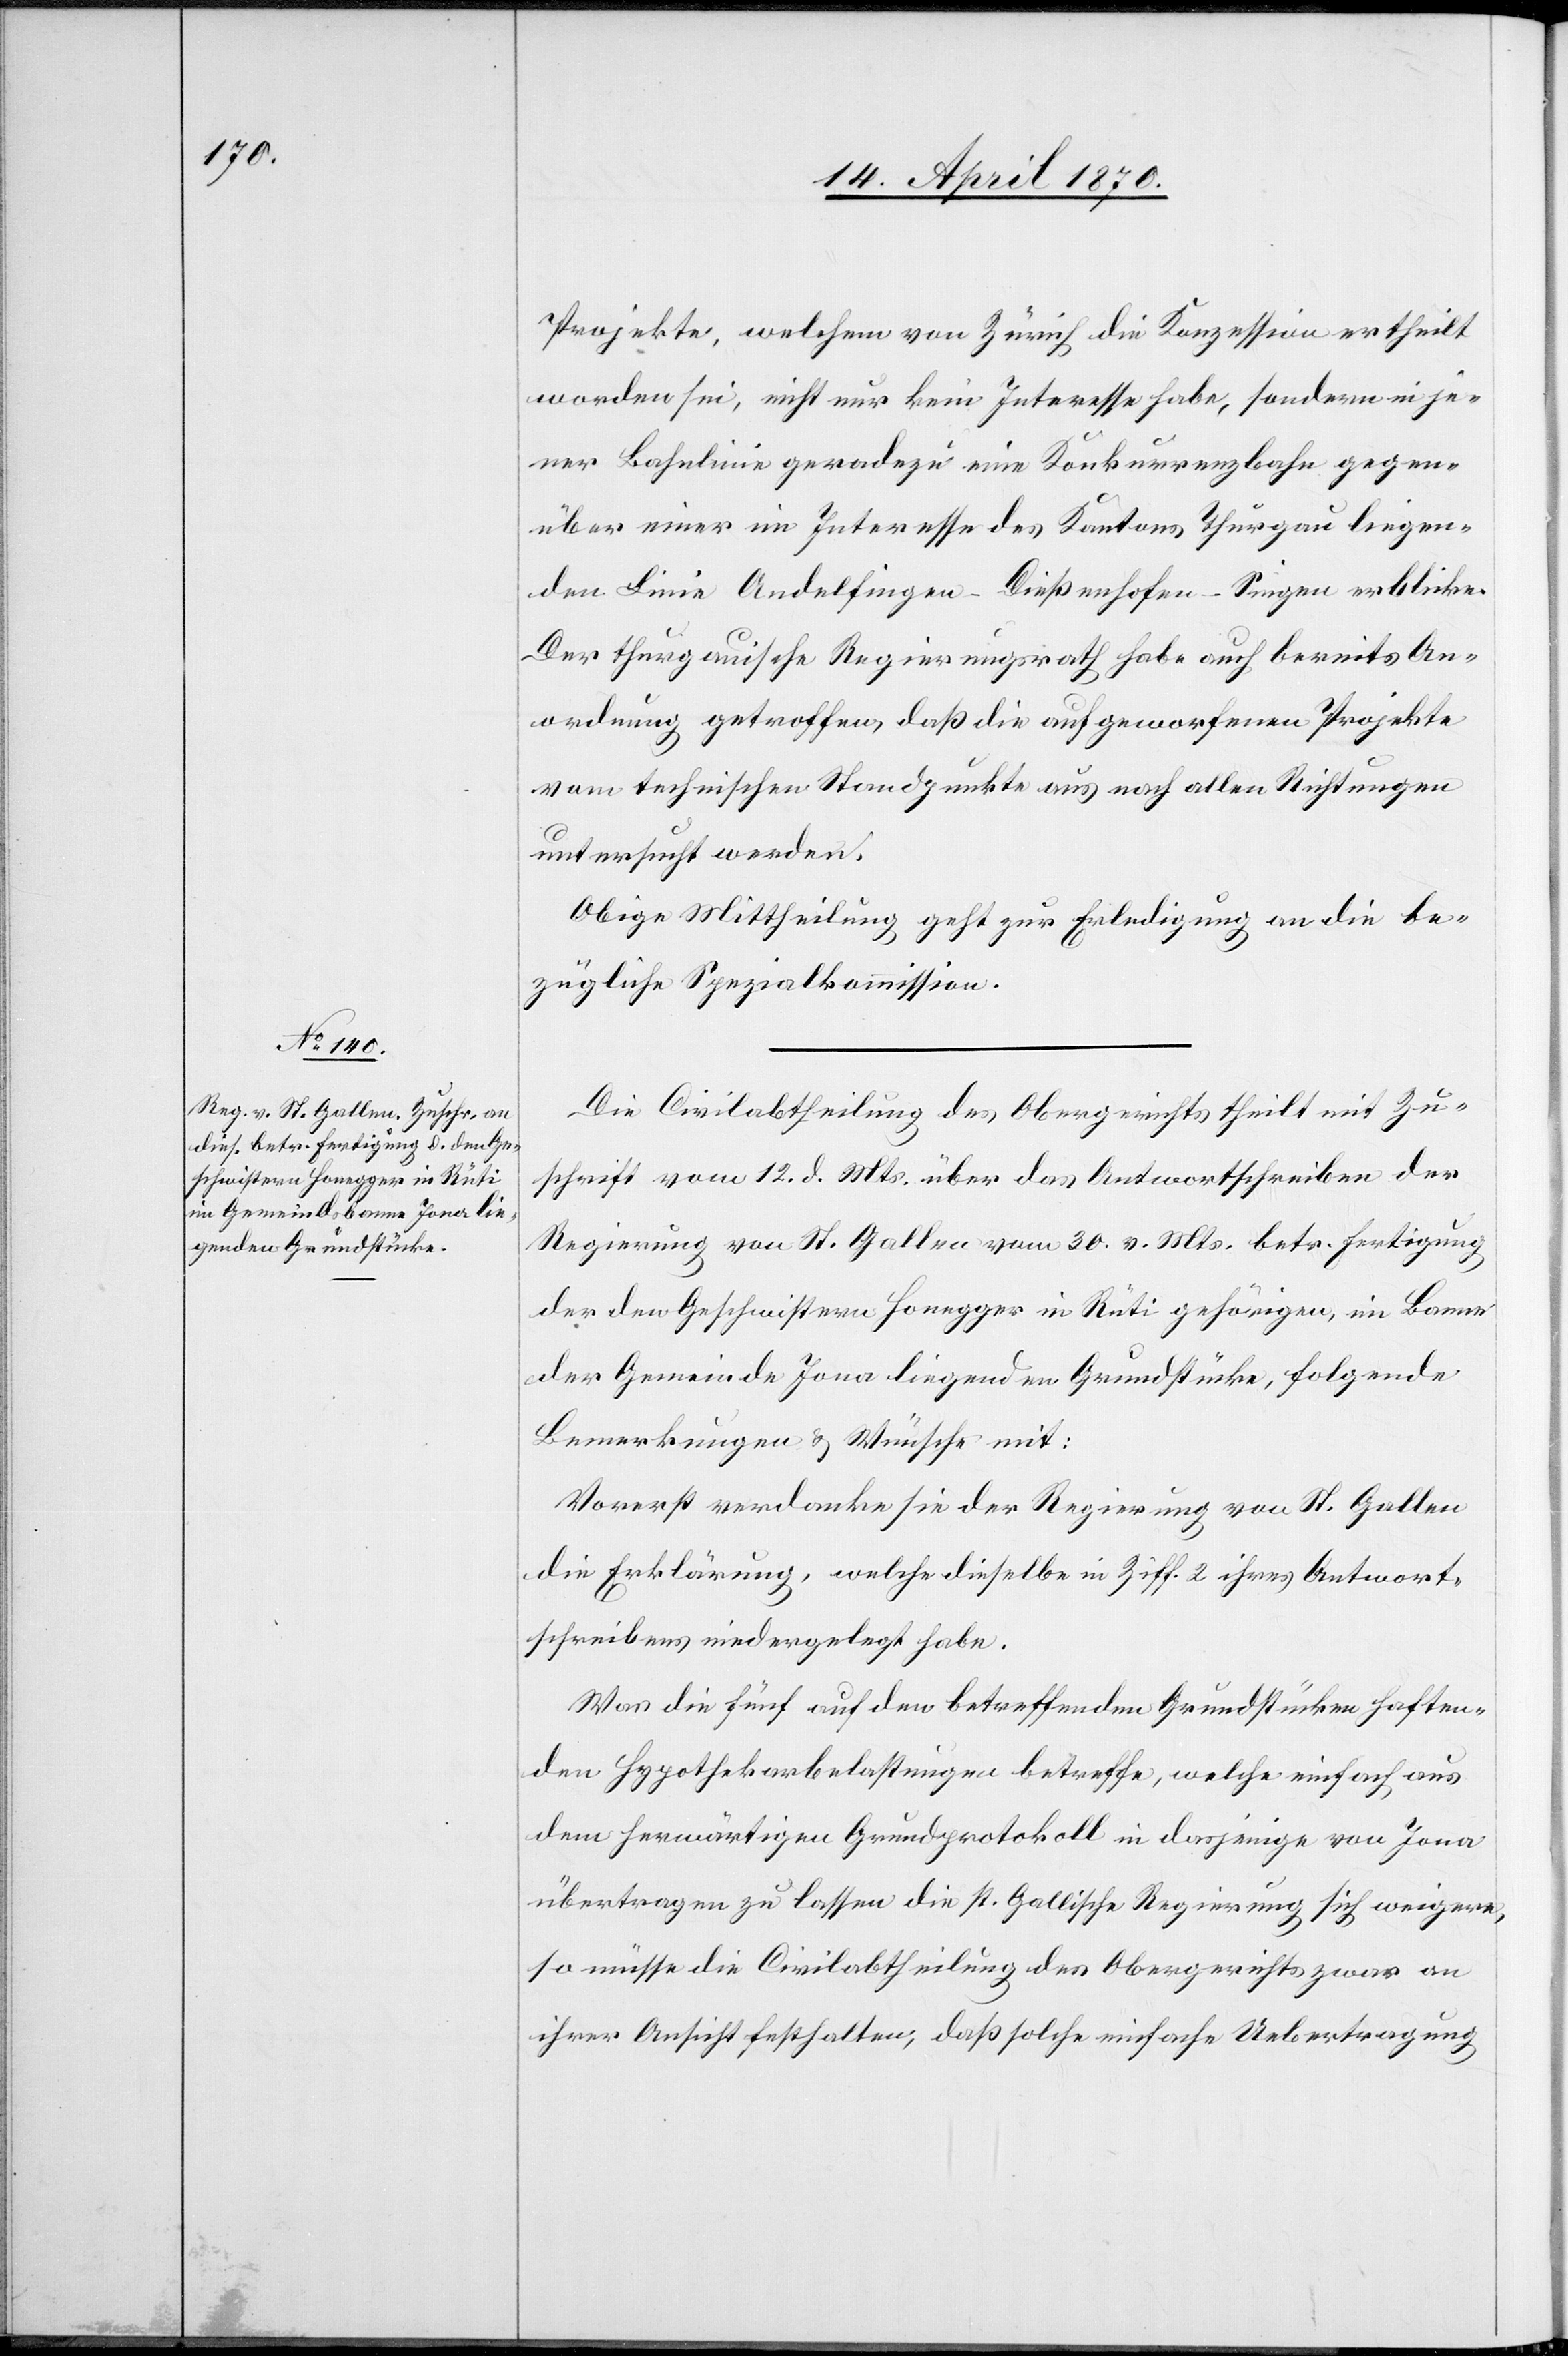
16. April 1870.]
Projekte, welchem von Zürich die Konzession ertheilt
worden sei, nicht nur kein Interesse habe, sondern in je¬
ner Bahnlinie geradezu eine Konkurrenzbahn gegen¬
über einer im Interesse des Kantons Thurgau liegen¬
den Linie Andelfingen–Dießenhofen–Singen erblicke.
Der thurgauische Regierungsrath habe auch bereits An¬
ordnung getroffen, daß die aufgeworfenen Projekte
vom technischen Standpunkte aus nach allen Richtungen
untersucht werden.
Obige Mittheilung geht zur Erledigung an die be¬
zügliche Spezialkommission.
Die Civilabtheilung des Obergerichts theilt mit Zu¬
schrift vom 12. d. Mts. über das Antwortschreiben der
Regierung von St. Gallen vom 30. v. Mts. betr. Fertigung
der den Geschwistern Honegger in Rüti gehörigen, im Banne
der Gemeinde Jona liegenden Grundstücke, folgende
Bemerkungen & Wünsche mit:
Vorerst verdanke sie der Regierung von St. Gallen
die Erklärung, welche dieselbe in Ziff. 2 ihres Antwort¬
schreibens niedergelegt habe.
Was die fünf auf den betreffenden Grundstücken haften¬
den Hypothekarbelastungen betreffe, welche einfach aus
dem herwärtigen Grundprotokoll in dasjenige von Jona
übertragen zu lassen die st. Gallische Regierung sich weigere,
so müsse die Civilabtheilung des Obergerichts zwar an
ihrer Ansicht festhalten, daß solche einfache Uebertretung